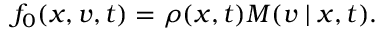
f _ { 0 } ( x , v , t ) = \rho ( x , t ) M ( v \mid x , t ) .